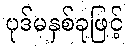
ပုဒ်မနှစ်ခုဖြင့်